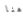
هنا